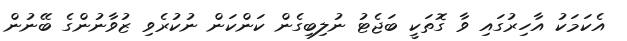
އެކަމަކު އާހިރުގައި ވާ ގޮތަކީ ބަޖެޓު ނުލިބިގެން ކަންކަން ނުކުރެވި ޒުވާނުންގެ ބޭނުން